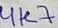
Text: 4K7